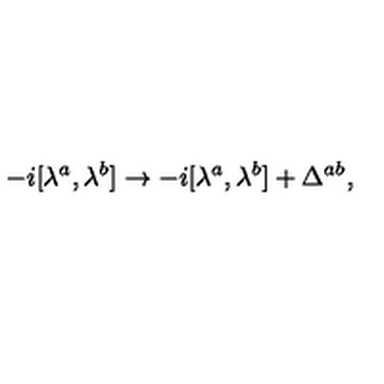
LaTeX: - i [ \lambda ^ { a } , \lambda ^ { b } ] \rightarrow - i [ \lambda ^ { a } , \lambda ^ { b } ] + \Delta ^ { a b } ,